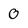
Character: 0